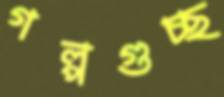
গল্পগুচ্ছ